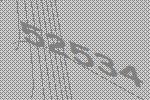
52534